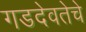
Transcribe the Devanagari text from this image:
गडदेवतेचे